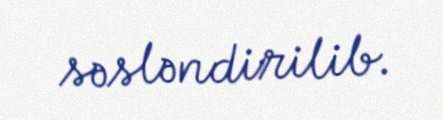
səsləndirilib.